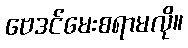
ဗေဒင်မေးစရာမလို။